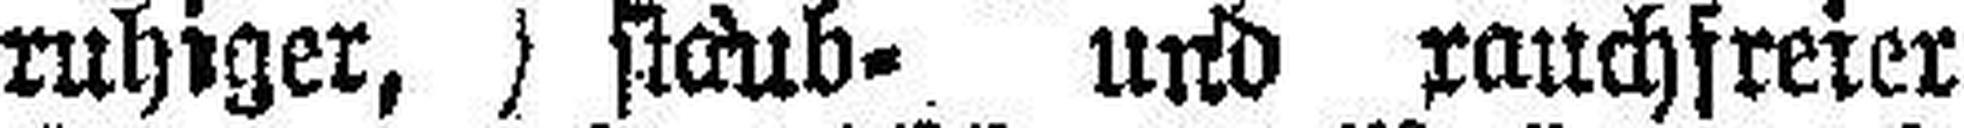
ruhiger, stäub- und rauchfreier